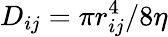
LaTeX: D_{ij}=\pi r_{ij}^{4}/8\eta